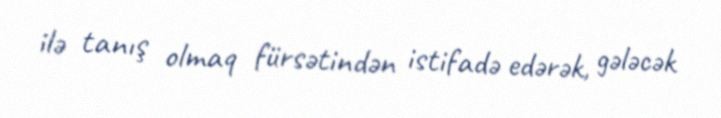
ilə tanış olmaq fürsətindən istifadə edərək, gələcək